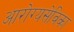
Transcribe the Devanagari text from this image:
आरोग्यसेविका